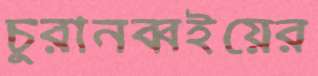
চুরানব্বইয়ের